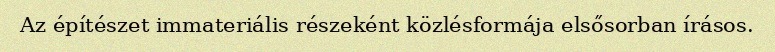
Az építészet immateriális részeként közlésformája elsősorban írásos.